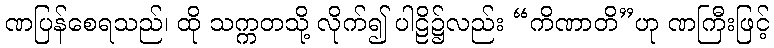
ဏပြန်စေရသည်၊ ထို သက္ကတသို့ လိုက်၍ ပါဠိ၌လည်း “ကိဏာတိ”ဟု ဏကြီးဖြင့်